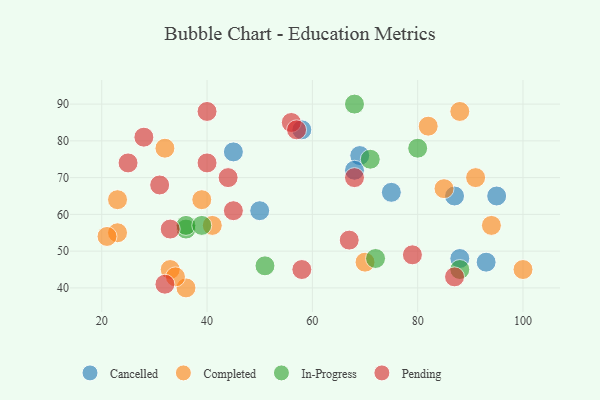
{"axis": {"x": "GDP", "y": "Life Expectancy"}, "legend": ["Cancelled", "Completed", "In-Progress", "Pending"], "data": [{"x": "50", "y": 61, "type": "Cancelled"}, {"x": "87", "y": 65, "type": "Cancelled"}, {"x": "58", "y": 83, "type": "Cancelled"}, {"x": "88", "y": 48, "type": "Cancelled"}, {"x": "93", "y": 47, "type": "Cancelled"}, {"x": "75", "y": 66, "type": "Cancelled"}, {"x": "69", "y": 76, "type": "Cancelled"}, {"x": "45", "y": 77, "type": "Cancelled"}, {"x": "95", "y": 65, "type": "Cancelled"}, {"x": "68", "y": 72, "type": "Cancelled"}, {"x": "88", "y": 88, "type": "Completed"}, {"x": "70", "y": 47, "type": "Completed"}, {"x": "36", "y": 40, "type": "Completed"}, {"x": "94", "y": 57, "type": "Completed"}, {"x": "100", "y": 45, "type": "Completed"}, {"x": "39", "y": 64, "type": "Completed"}, {"x": "41", "y": 57, "type": "Completed"}, {"x": "85", "y": 67, "type": "Completed"}, {"x": "23", "y": 55, "type": "Completed"}, {"x": "33", "y": 45, "type": "Completed"}, {"x": "34", "y": 43, "type": "Completed"}, {"x": "21", "y": 54, "type": "Completed"}, {"x": "32", "y": 78, "type": "Completed"}, {"x": "23", "y": 64, "type": "Completed"}, {"x": "91", "y": 70, "type": "Completed"}, {"x": "82", "y": 84, "type": "Completed"}, {"x": "51", "y": 46, "type": "In-Progress"}, {"x": "80", "y": 78, "type": "In-Progress"}, {"x": "68", "y": 90, "type": "In-Progress"}, {"x": "36", "y": 56, "type": "In-Progress"}, {"x": "36", "y": 57, "type": "In-Progress"}, {"x": "39", "y": 57, "type": "In-Progress"}, {"x": "71", "y": 75, "type": "In-Progress"}, {"x": "88", "y": 45, "type": "In-Progress"}, {"x": "72", "y": 48, "type": "In-Progress"}, {"x": "28", "y": 81, "type": "Pending"}, {"x": "40", "y": 74, "type": "Pending"}, {"x": "58", "y": 45, "type": "Pending"}, {"x": "25", "y": 74, "type": "Pending"}, {"x": "44", "y": 70, "type": "Pending"}, {"x": "40", "y": 88, "type": "Pending"}, {"x": "31", "y": 68, "type": "Pending"}, {"x": "45", "y": 61, "type": "Pending"}, {"x": "87", "y": 43, "type": "Pending"}, {"x": "32", "y": 41, "type": "Pending"}, {"x": "67", "y": 53, "type": "Pending"}, {"x": "68", "y": 70, "type": "Pending"}, {"x": "33", "y": 56, "type": "Pending"}, {"x": "56", "y": 85, "type": "Pending"}, {"x": "57", "y": 83, "type": "Pending"}, {"x": "79", "y": 49, "type": "Pending"}]}